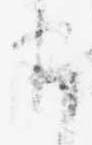
ま